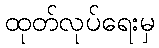
ထုတ်လုပ်ရေးမှ